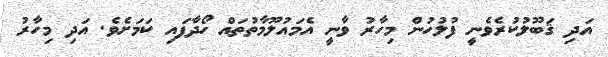
އަދި ޤަބޫލުކުރެވެނީ ފުލުހުން މިހާރު ވާނީ އެމައުލޫމާތުތައް ހޯދާފައި ކަމަށެވެ. އަދި މިހާރު